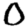
Digit: 0